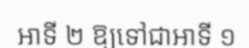
អាទី ២ ឱ្យទៅជាអាទី ១